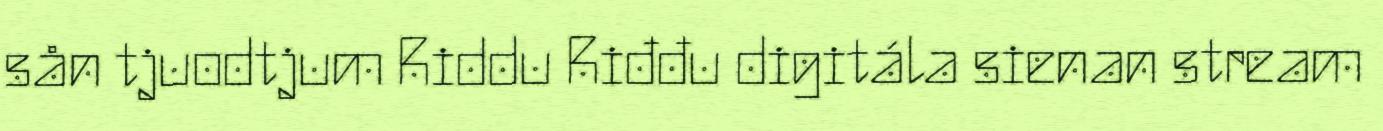
sån tjuodtjum Riddu Riđđu digitála sienan stream